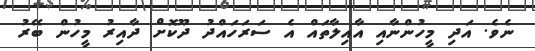
ނެވެ. އަދި މީހުންނާއި އާއިލާތައް އެ ސަރަހައްދު ދޫކޮށް ދާއިރު މީހުން ބޭރު